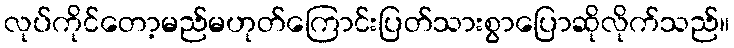
လုပ်ကိုင်တော့မည်မဟုတ်ကြောင်းပြတ်သားစွာပြောဆိုလိုက်သည်။